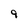
Character: 9